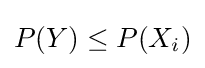
P(Y)\leq P(X_{i})